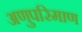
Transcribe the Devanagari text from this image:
अणुपरिमाण